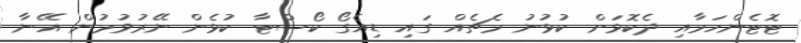
ޓޮޓެންހަމާއި ދެކޮޅަށް ކުޅުނު މެޗެއް ގައި ޑިއެގޯ ކޯސްޓާ ކުޅެން ނޭރުވުމުން އޭނާ